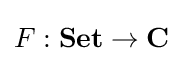
F:\mathbf {Set} \to \mathbf {C}